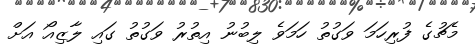
މެޗުގެ ފުރިހަމަ ވަގުތު ހަމަވެ ލިބުނު އިތުރު ވަގުތު ގައި ލާޒިއޯ އަށް